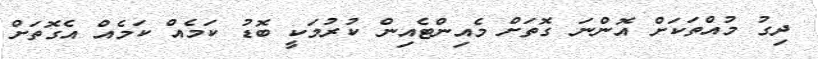
ދިގު މުއްތަކަށް އޮންނަ ގޮތަށް މެއިންޓެއިން ކުރުމަކީ ބޮޑު ކަމެއް ކަމެއް އެގޮތަށް